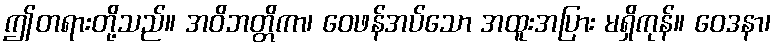
ဤတရားတို့သည်။ အဝိဘတ္တိကာ၊ ဝေဖန်အပ်သော အထူးအပြား မရှိကုန်။ ဝေဒနာ၊